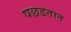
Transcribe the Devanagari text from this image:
पछडतात